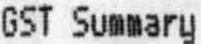
GST SUMMARY